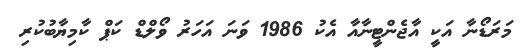
މަރަޑޯނާ އަކީ އާޖެންޓީނާއާ އެކު 1986 ވަނަ އަހަރު ވޯލްޑް ކަޕް ކާމިޔާބުކުރި